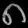
Digit: ၈